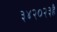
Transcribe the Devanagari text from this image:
३४२०२३है